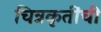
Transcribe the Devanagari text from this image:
चित्रकृतींची